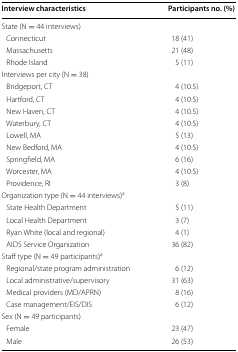
<table><thead><tr><td><b>Interview characteristics</b></td><td><b>Participants no. (%)</b></td></tr></thead><tbody><tr><td>State (N = 44 interviews)</td><td></td></tr><tr><td> Connecticut</td><td>18 (41)</td></tr><tr><td> Massachusetts</td><td>21 (48)</td></tr><tr><td> Rhode Island</td><td>5 (11)</td></tr><tr><td>Interviews per city (N = 38)</td><td></td></tr><tr><td> Bridgeport, CT</td><td>4 (10.5)</td></tr><tr><td> Hartford, CT</td><td>4 (10.5)</td></tr><tr><td> New Haven, CT</td><td>4 (10.5)</td></tr><tr><td> Waterbury, CT</td><td>4 (10.5)</td></tr><tr><td> Lowell, MA</td><td>5 (13)</td></tr><tr><td> New Bedford, MA</td><td>4 (10.5)</td></tr><tr><td> Springfield, MA</td><td>6 (16)</td></tr><tr><td> Worcester, MA</td><td>4 (10.5)</td></tr><tr><td> Providence, RI</td><td>3 (8)</td></tr><tr><td>Organization type (N = 44 interviews)<sup>a</sup></td><td></td></tr><tr><td> State Health Department</td><td>5 (11)</td></tr><tr><td> Local Health Department</td><td>3 (7)</td></tr><tr><td> Ryan White (local and regional)</td><td>4 (1)</td></tr><tr><td> AIDS Service Organization</td><td>36 (82)</td></tr><tr><td>Staff type (N = 49 participants)<sup>a</sup></td><td></td></tr><tr><td> Regional/state program administration</td><td>6 (12)</td></tr><tr><td> Local administrative/supervisory</td><td>31 (63)</td></tr><tr><td> Medical providers (MD/APRN)</td><td>8 (16)</td></tr><tr><td> Case management/EIS/DIS</td><td>6 (12)</td></tr><tr><td>Sex (N = 49 participants)</td><td></td></tr><tr><td> Female</td><td>23 (47)</td></tr><tr><td> Male</td><td>26 (53)</td></tr></tbody></table>